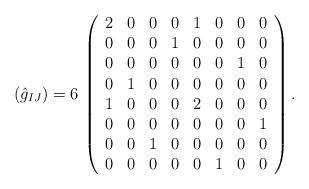
LaTeX: \begin{align*} (\hat{g}_{IJ}) = 6\, \left( \begin{array}{cccccccc}2 & 0 & 0 & 0 & 1 & 0 & 0 & 0 \\0 & 0 & 0 & 1 & 0 & 0 & 0 & 0 \\0 & 0 & 0 & 0 & 0 & 0 & 1 & 0 \\0 & 1 & 0 & 0 & 0 & 0 & 0 & 0 \\1 & 0 & 0 & 0 & 2 & 0 & 0 & 0 \\0 & 0 & 0 & 0 & 0 & 0 & 0 & 1 \\0 & 0 & 1 & 0 & 0 & 0 & 0 & 0 \\0 & 0 & 0 & 0 & 0 & 1 & 0 & 0\end{array} \right).\end{align*}